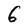
Character: 6